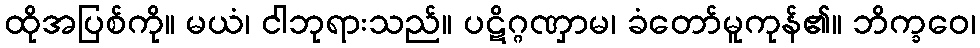
ထိုအပြစ်ကို။ မယံ၊ ငါဘုရားသည်။ ပဋိဂ္ဂဏှာမ၊ ခံတော်မူကုန်၏။ ဘိက္ခဝေ၊